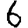
Digit: 6